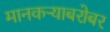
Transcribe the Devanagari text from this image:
मानकऱ्याबरोबर